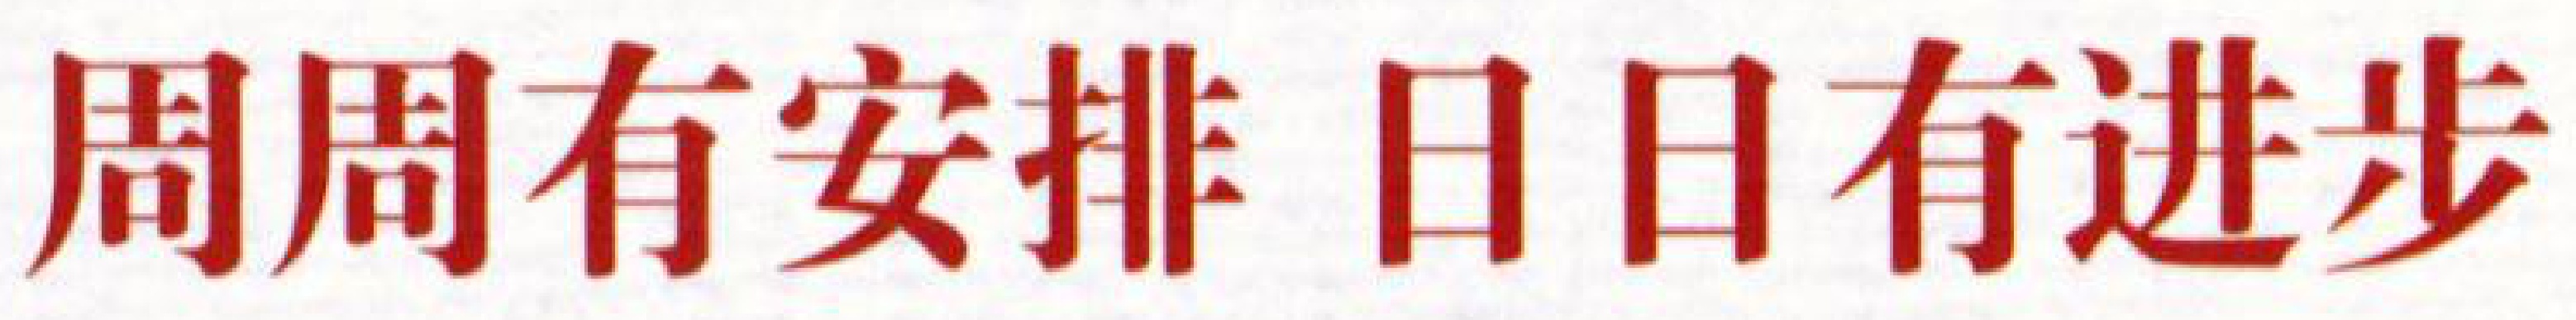
周周有安排 日日有进步